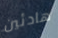
هادئين